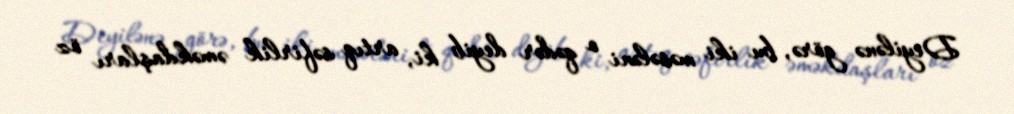
Deyilənə görə, bu iki məsələni o qədər deyib ki, artıq səfirlik əməkdaşları öz